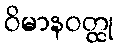
ဝိမာနဝတ္ထု